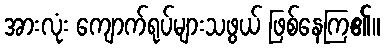
အားလုံး ကျောက်ရုပ်များသဖွယ် ဖြစ်နေကြ၏။